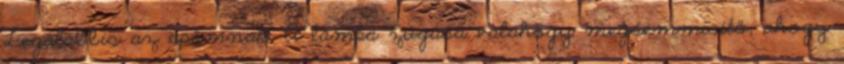
Legalábbis az apámnak. A lámpa zúgása valahogy megsemmisítő, ahogy